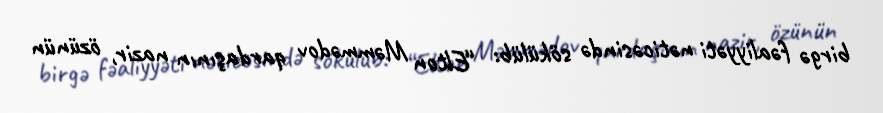
birgə fəaliyyəti nəticəsində sökülüb: “Elton Məmmədov qardaşının nazir, özünün